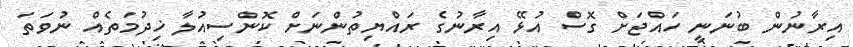
އިރާނުން ބުނަނީ ހައްޖަށް ގޮސް އުޅޭ އިރާނުގެ ރައްޔިތުންނަށް ކޮންސިއުލާ ޚިދުމަތެއް ނުވަތަ